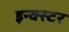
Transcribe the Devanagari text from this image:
इन्क्स्टर